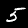
Digit: 5